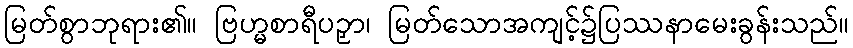
မြတ်စွာဘုရား၏။ ဗြဟ္မစာရီပဉှာ၊ မြတ်သောအကျင့်၌ပြဿနာမေးခွန်းသည်။